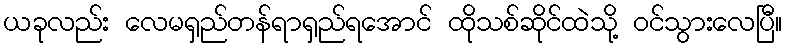
ယခုလည်း လေမရှည်တန်ရာရှည်ရအောင် ထိုသစ်ဆိုင်ထဲသို့ ဝင်သွားလေပြီ။